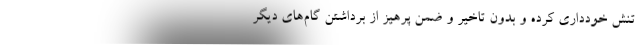
تنش‌ خودداری کرده و بدون تاخیر و ضمن پرهیز از برداشتن گام‌های دیگر